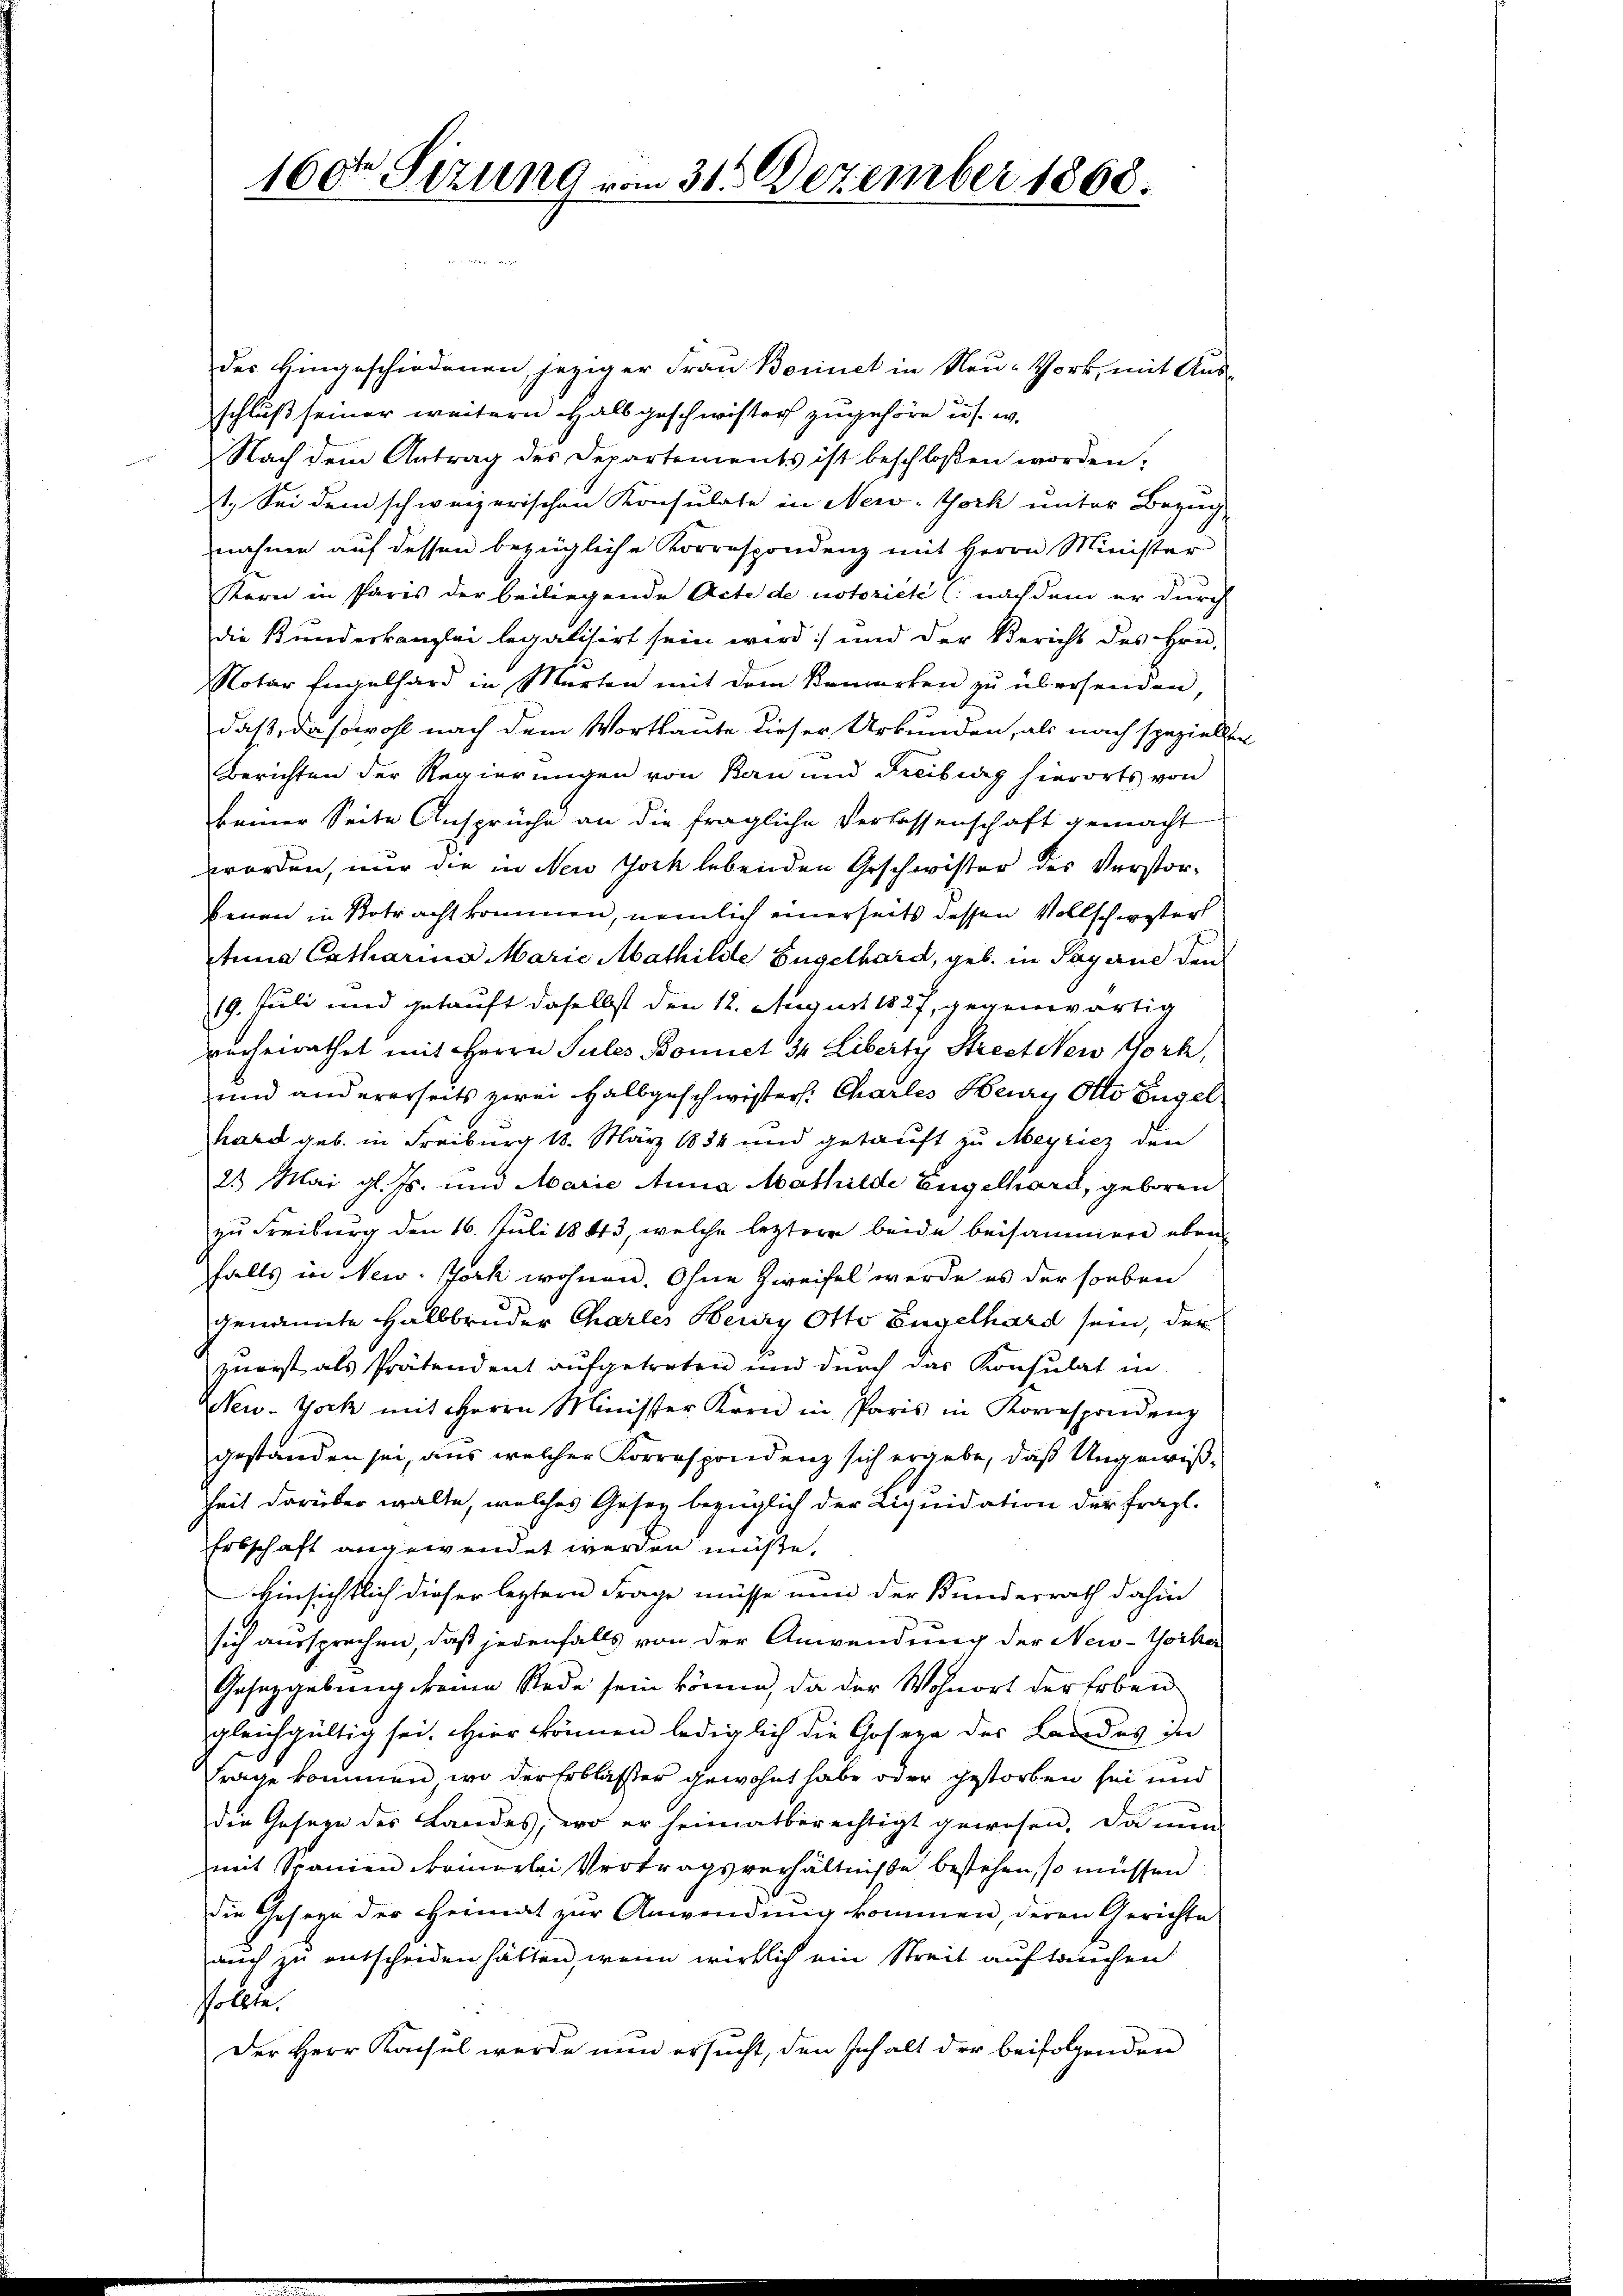
160 Sizung vom 31. Dezember 1868.

der Eingeschiedenen, jeziger Frau Bornet in Neu-York, mit Aus-
schluß seiner weitern Halbgeschwister zugehöre u. s. w.
Nach dem Antrag des Departements ist beschloßen worden,
1. Sei dem schweizerischen Konsulate in New-York unter Bezug
nahme auf dessen bezügliche Korrespondenz mit Herrn Minister
Kern in Paris der beiliegende Acte de notoriete (nachdem er durch
die Bundeskanzlei legalisirt sein wird) und der Bericht des Hrn.
Notar Engelhard in Marten mit dem Bemerken zu übersenden,
daß, daß wohl nach dem Wortlaute dieser Urkunden, als nach speziellen
Berichten der Regierungen von Bau und Freibung hierorts von
keiner Seite Ansprüche an die fragliche Verlassenschaft gemacht
worden, nur die in New York lebenden Geschwister des Verstorsenen in Betracht kommen, nämlich einerseits dessen Vollschwester
tnna Extharina Marie Mathilde Engelhard, geb. in Payerne den
19. Juli und getauft daselbst den 12. August 1827, gegenwärtig
verheirathet mit Herrn Sules Bomict 34 Liberty Street New York,
und andererseits zwei Halbgeschwister. Charlis Henry Otto Engel
hard geb. in Freiburg 18. März 1834 und getauft zu Meyricz den
23 Mai gl. Js. und Marie Anna Mathilde Engelhard, geboren
zu Freiburg den 16. Juli 1843, welche leztere beide beisammer eben
falls in New-York wohnen. Ohne Zweifel werde es der soeben
genannte Halbbruder Chartes Herry Otto Engelhard sein, der
zurist als Prätendent aufgetreten und durch das Konsulat in
New-Yock mit Herrn Minister Kreid in Paris in Korrespondenz
gestanden sei, aus welcher Korrespondenz sich ergebe, daß Ungewißheit darüber walte, welches Gesez bezüglich der Liquidation der fragl.
Erbschaft angewendet werden müßte.
Einsichtlich dieser leztern Frage müsse nun der Kundesrath dahin
sich aussprechen, daß jedenfalls von der Anwendung der New-Yorker
Gesetzgebung keine Rede sein könne, da der Wohnort der Erben
gleichgültig sei. Hier können lediglich die Josepe des Landes ihn
trage kommen, wo der Erblasser gewohnt habe oder gestorben sei und
die Gesage des Landes, wo er heimatberechtigt gewesen, da nun
mit Spanien kommerlei Vertragsverhältnisse bestehen, so müssen
die Geseyn der Heimat zur Anwendung kommen, deren Gerichte
auch zu entscheiden hätten, wenn wirklich ein Streit auftauchen
sollte.
Der Herr Konsul werde nun ersucht, den Inhalt der beifolgenden

e